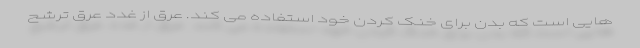
هایی است که بدن برای خنک کردن خود استفاده می کند. عرق از غدد عرق ترشح